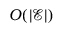
O ( | \mathcal { E } | )